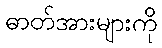
ဓာတ်အားများကို